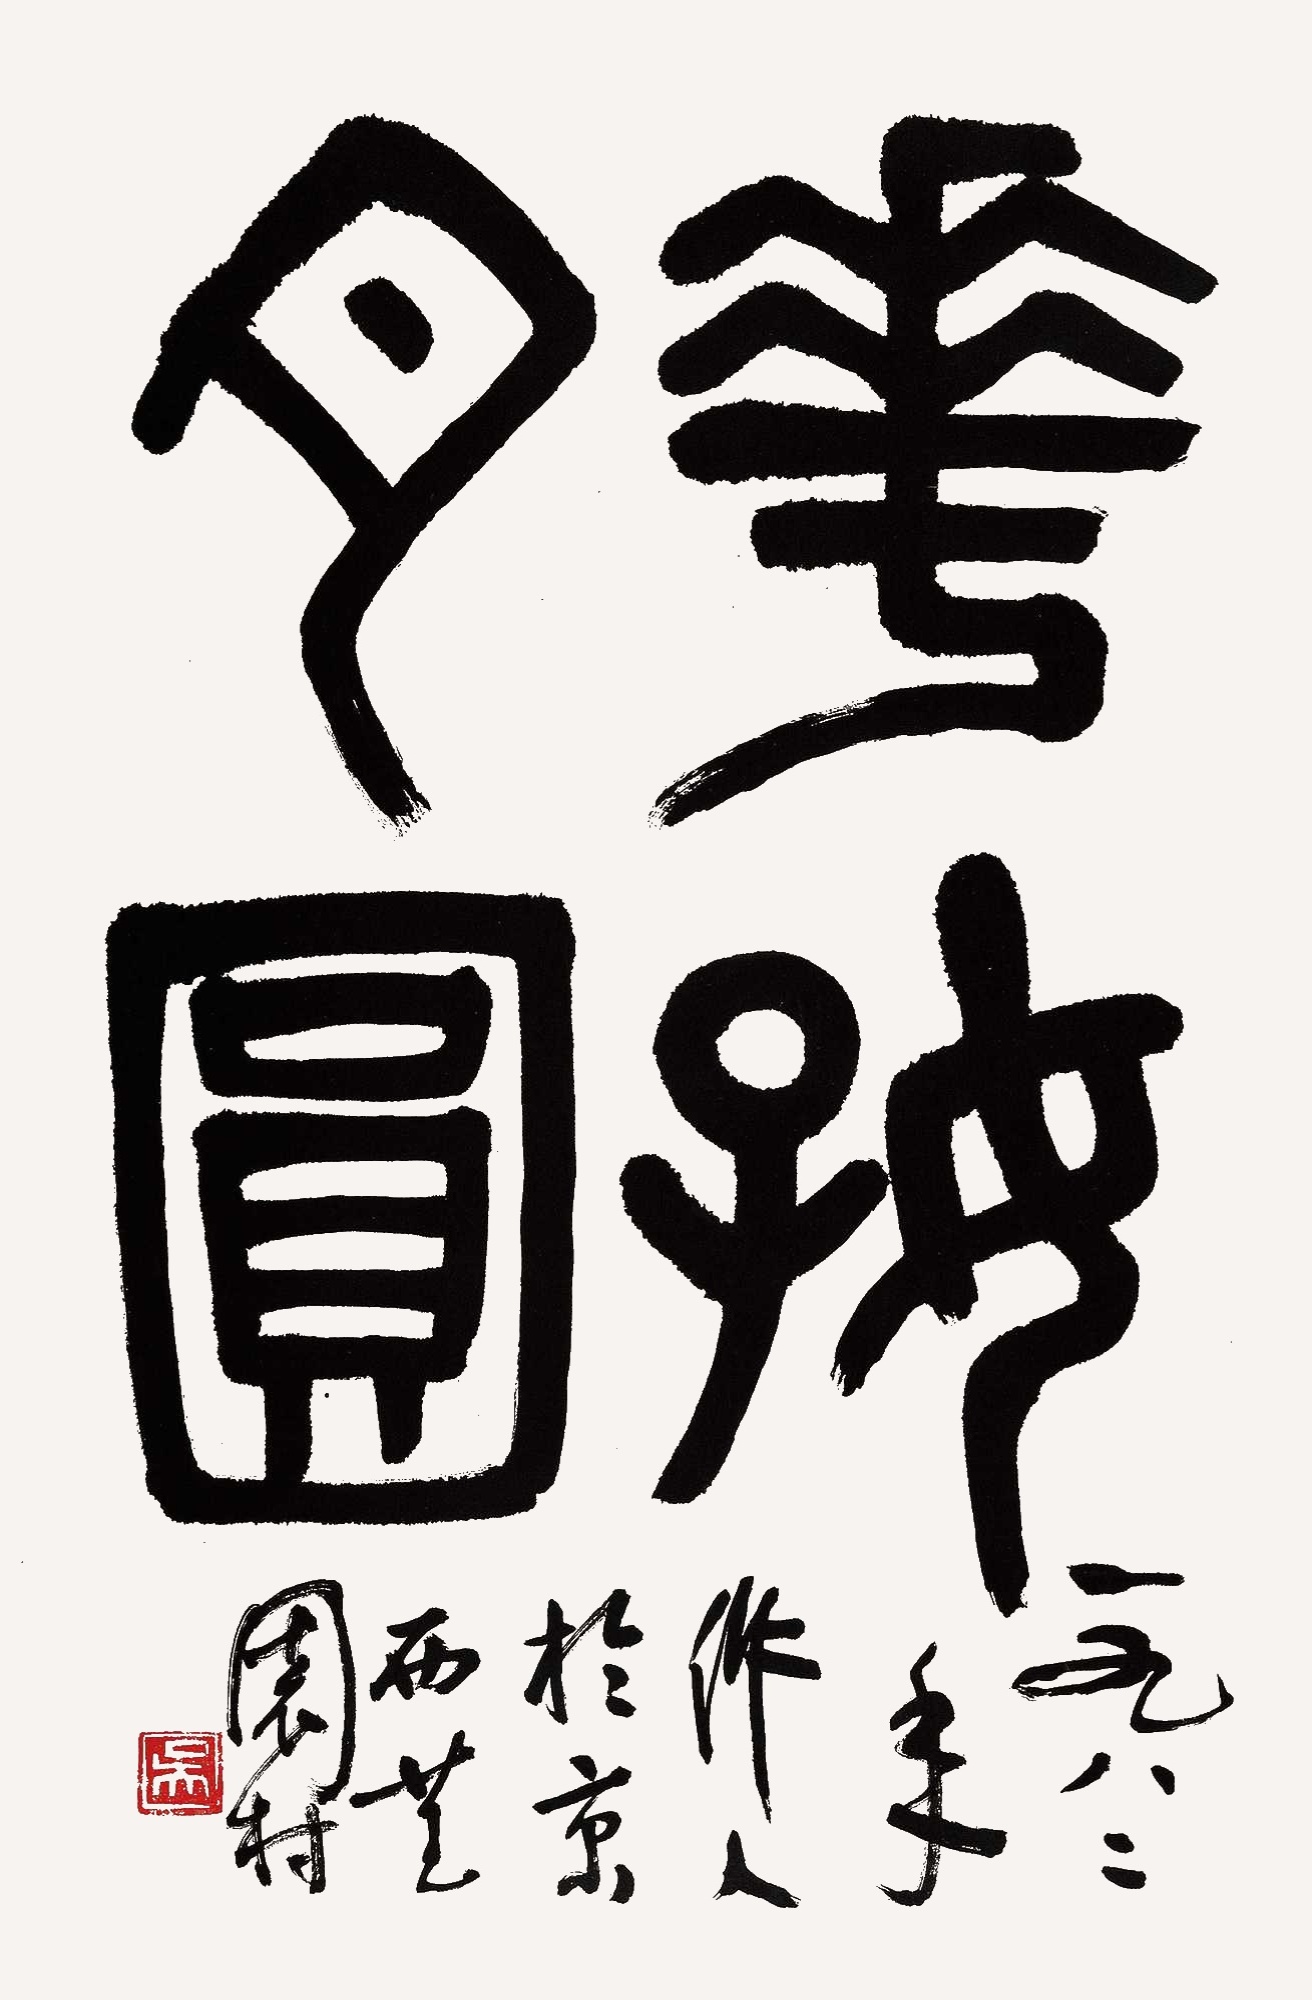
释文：花好月圆。一九八二年，作人于京西芑园村。